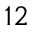
^ { 1 2 }